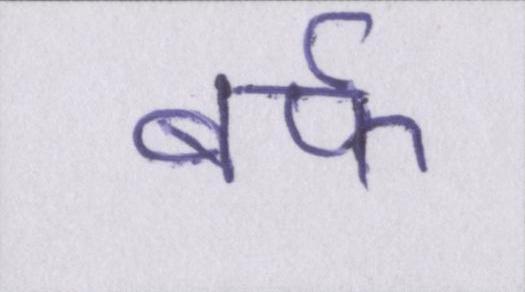
बर्फ